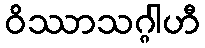
ဝိဿာသဂ္ဂါဟီ